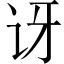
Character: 讶